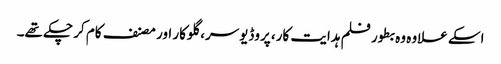
اسکے علاوہ وہ بطور فلم ہدایت کار، پروڈیوسر، گلوکار اور مصنف کام کر چکے تھے۔